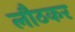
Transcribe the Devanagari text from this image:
लौठकर